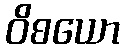
ဝိစယော